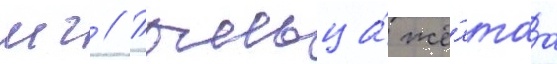
мг // Пыльца́ жё́лтаа